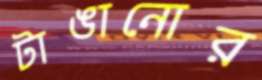
টাঙানোর